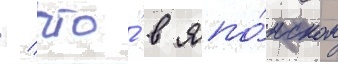
/ что́ в япо́нском